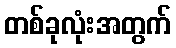
တစ်ခုလုံးအတွက်